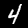
Digit: 4